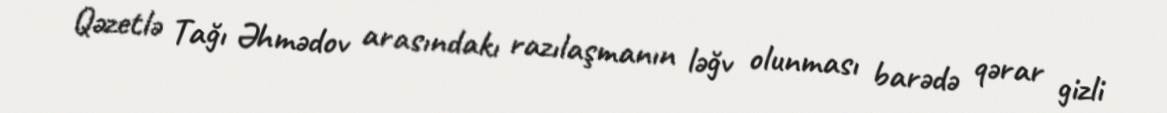
Qəzetlə Tağı Əhmədov arasındakı razılaşmanın ləğv olunması barədə qərar gizli